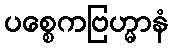
ပစ္စေကဗြဟ္မာနံ